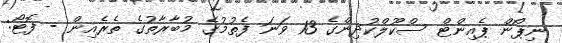
ނިޕޯން ޕެއިންޓް ސްކޫލްކުދިންގެ 13 ވަނަ ފެތުމުގެ މުބާރާތުގެ ތެރެއިން - ފޮޓޯ: